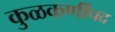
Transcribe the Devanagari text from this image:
कुळकर्णीपद